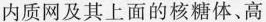
内质网及其上面的核糖体、高